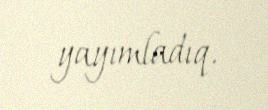
yayımladıq.